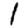
Digit: 1